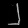
Digit: ၂